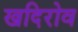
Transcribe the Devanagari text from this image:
खदिरोव